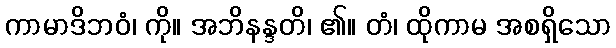
ကာမာဒိဘဝံ၊ ကို။ အဘိနန္ဒတိ၊ ၏။ တံ၊ ထိုကာမ အစရှိသော